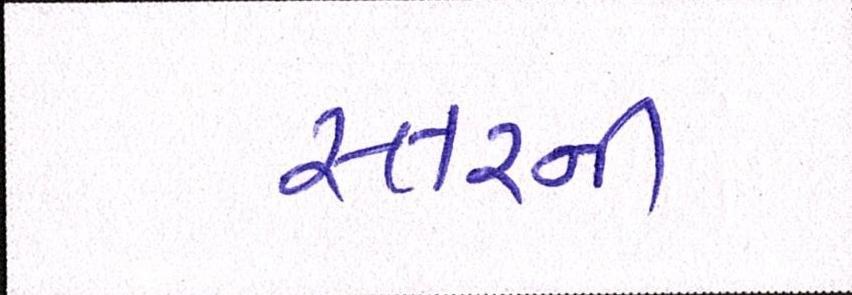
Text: સ્તરની